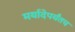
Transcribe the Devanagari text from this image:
मर्यादेपर्यंतच